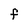
Character: F